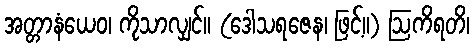
အတ္တာနံယေဝ၊ ကိုသာလျှင်။ (ဒေါသရဇေန၊ ဖြင့်။) ဩကိရတိ၊